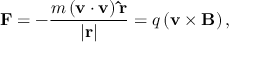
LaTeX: \mathbf { F } = - { \frac { m \left( \mathbf { v } \cdot { \mathbf { v } } \right) \mathbf { \hat { r } } } { \left| \mathbf { r } \right| } } = q \left( \mathbf { v } \times \mathbf { B } \right) , \,